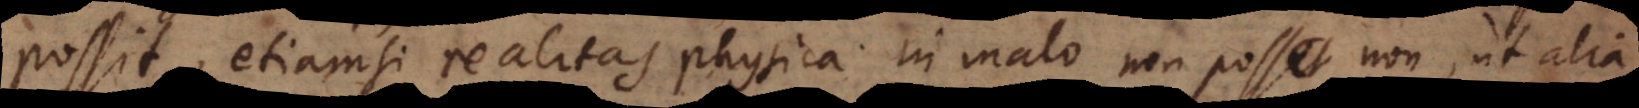
possit, etiamsi realitas physica in malo non posset non, ut alia